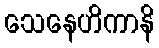
သေနေဟိကာနိ